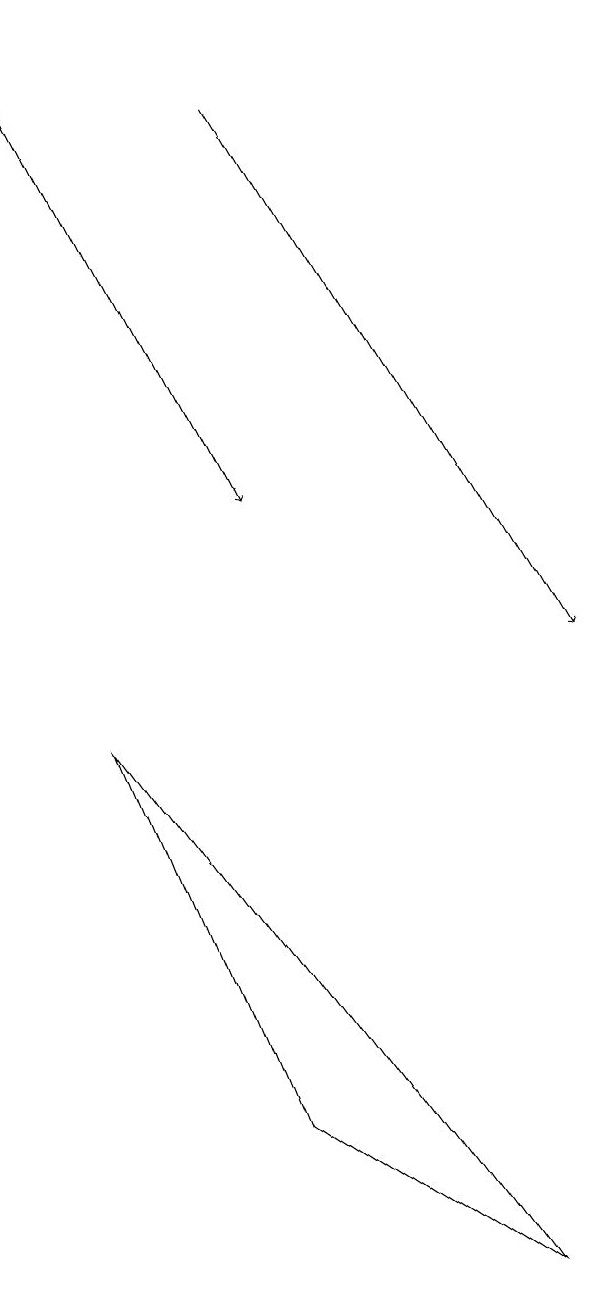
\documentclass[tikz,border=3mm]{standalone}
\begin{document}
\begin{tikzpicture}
\draw (2,9) -- (4,4) -- (7,2) -- cycle;
\draw[->] (1,18) -- (4,12);
\draw[->] (4,17) -- (8,10);
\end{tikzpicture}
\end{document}